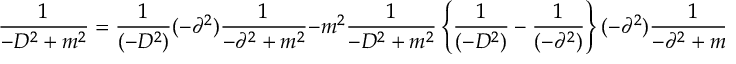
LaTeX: { \frac { 1 } { - D ^ { 2 } + m ^ { 2 } } } = { \frac { 1 } { ( - D ^ { 2 } ) } } ( - \partial ^ { 2 } ) { \frac { 1 } { - \partial ^ { 2 } + m ^ { 2 } } } - m ^ { 2 } { \frac { 1 } { - D ^ { 2 } + m ^ { 2 } } } \left\{ { \frac { 1 } { ( - D ^ { 2 } ) } } - { \frac { 1 } { ( - \partial ^ { 2 } ) } } \right\} ( - \partial ^ { 2 } ) { \frac { 1 } { - \partial ^ { 2 } + m ^ { 2 } } } .